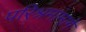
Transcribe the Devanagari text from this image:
परिश्रमांमागे